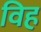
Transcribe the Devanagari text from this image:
विह